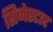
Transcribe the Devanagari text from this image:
सिनेस्टार